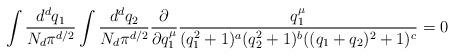
LaTeX: \begin{align*}\int \frac{d^dq_1}{ N_d \pi^{d/2}} \int \frac{d^dq_2}{ N_d \pi^{d/2}}\frac{\partial}{ \partial q_1^{\mu}} \frac{q_1^{\mu}}{ (q_1^2 + 1)^a (q_2^2 + 1)^b ((q_1+q_2)^2 + 1)^c } = 0\end{align*}